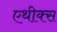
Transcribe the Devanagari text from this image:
एथीक्स